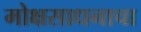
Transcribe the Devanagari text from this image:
मोक्षसाधनाचा